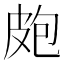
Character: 皰